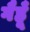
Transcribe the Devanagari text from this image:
गैहूँ